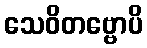
သေဝိတဗ္ဗောပိ